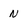
Character: N